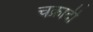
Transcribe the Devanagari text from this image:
चक्रादी